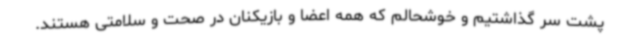
پشت سر گذاشتیم و خوشحالم که همه اعضا و بازیکنان در صحت و سلامتی هستند.